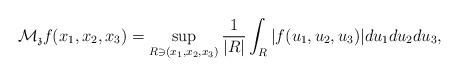
LaTeX: \begin{align*}{\mathcal M}_{\frak z} f (x_1,x_2,x_3) = \sup_{R\ni (x_1,x_2,x_3)}\frac{1}{|R|}\int_{R}|f(u_1,u_2,u_3)|du_1du_2du_3,\end{align*}